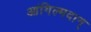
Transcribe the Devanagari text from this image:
आंगिल्मदान्